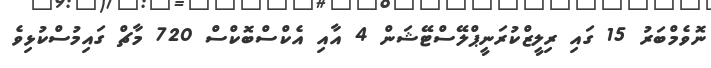
ނޮވެމްބަރު 15 ގައި ރިލީޒްކުރަނީޕްލޭސްޓޭޝަން 4 އާއި އެކްސްބޮކްސް 720 މާޗް ގައިމުސްކުޅިވެ